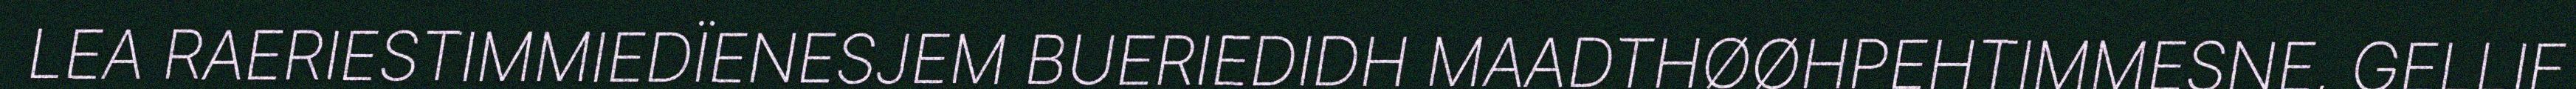
LEA RAERIESTIMMIEDÏENESJEM BUERIEDIDH MAADTHØØHPEHTIMMESNE, GELLIE